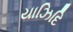
યાઝિદિ